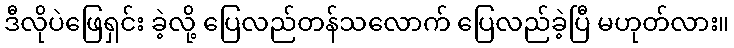
ဒီလိုပဲဖြေရှင်း ခဲ့လို့ ပြေလည်တန်သလောက် ပြေလည်ခဲ့ပြီ မဟုတ်လား။